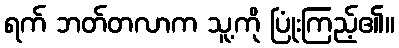
ရက် ဘတ်တလာက သူ့ကို ပြုံးကြည့်၏။